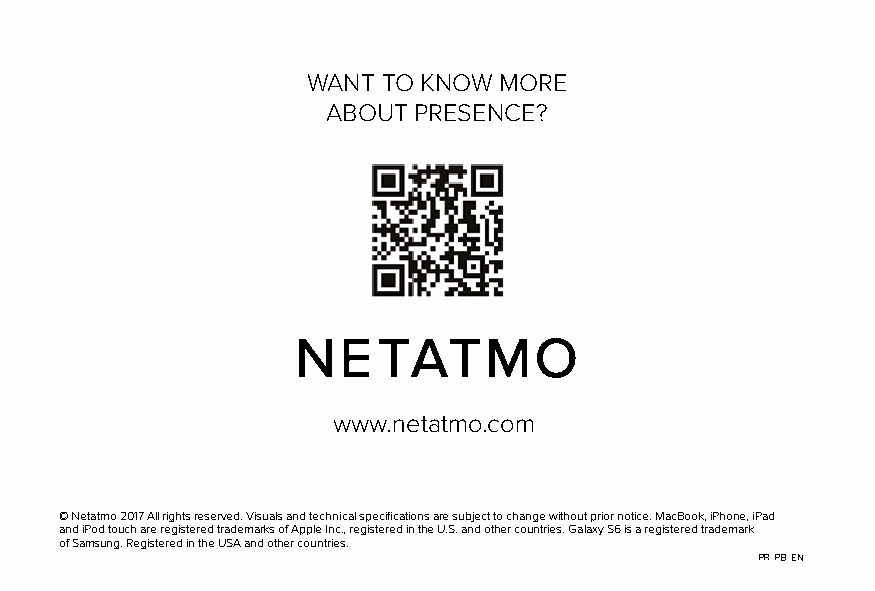
WANT TO KNOW MORE
 ABOUT PRESENCE ?
 www.netatmo.com
 © Netatmo 2017 All rights reserved. Visuals and technical specifications are subject to change without prior notice. MacBook, iPhone, iPad
 and iPod touch are registered trademarks of Apple Inc., registered in the U.S. and other countries. Galaxy S6 is a registered trademark
 of Samsung. Registered in the USA and other countries.
 PR-PB-EN